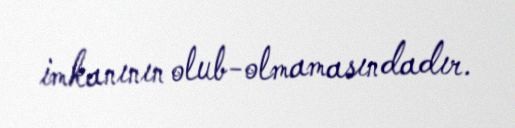
imkanının olub-olmamasındadır.